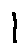
1